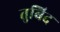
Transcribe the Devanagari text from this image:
तुबिद